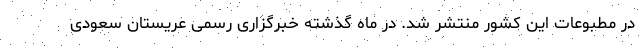
در مطبوعات این کشور منتشر شد. در ماه گذشته خبرگزاری رسمی عریستان سعودی